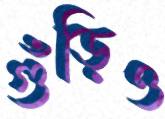
গুঁড়িও